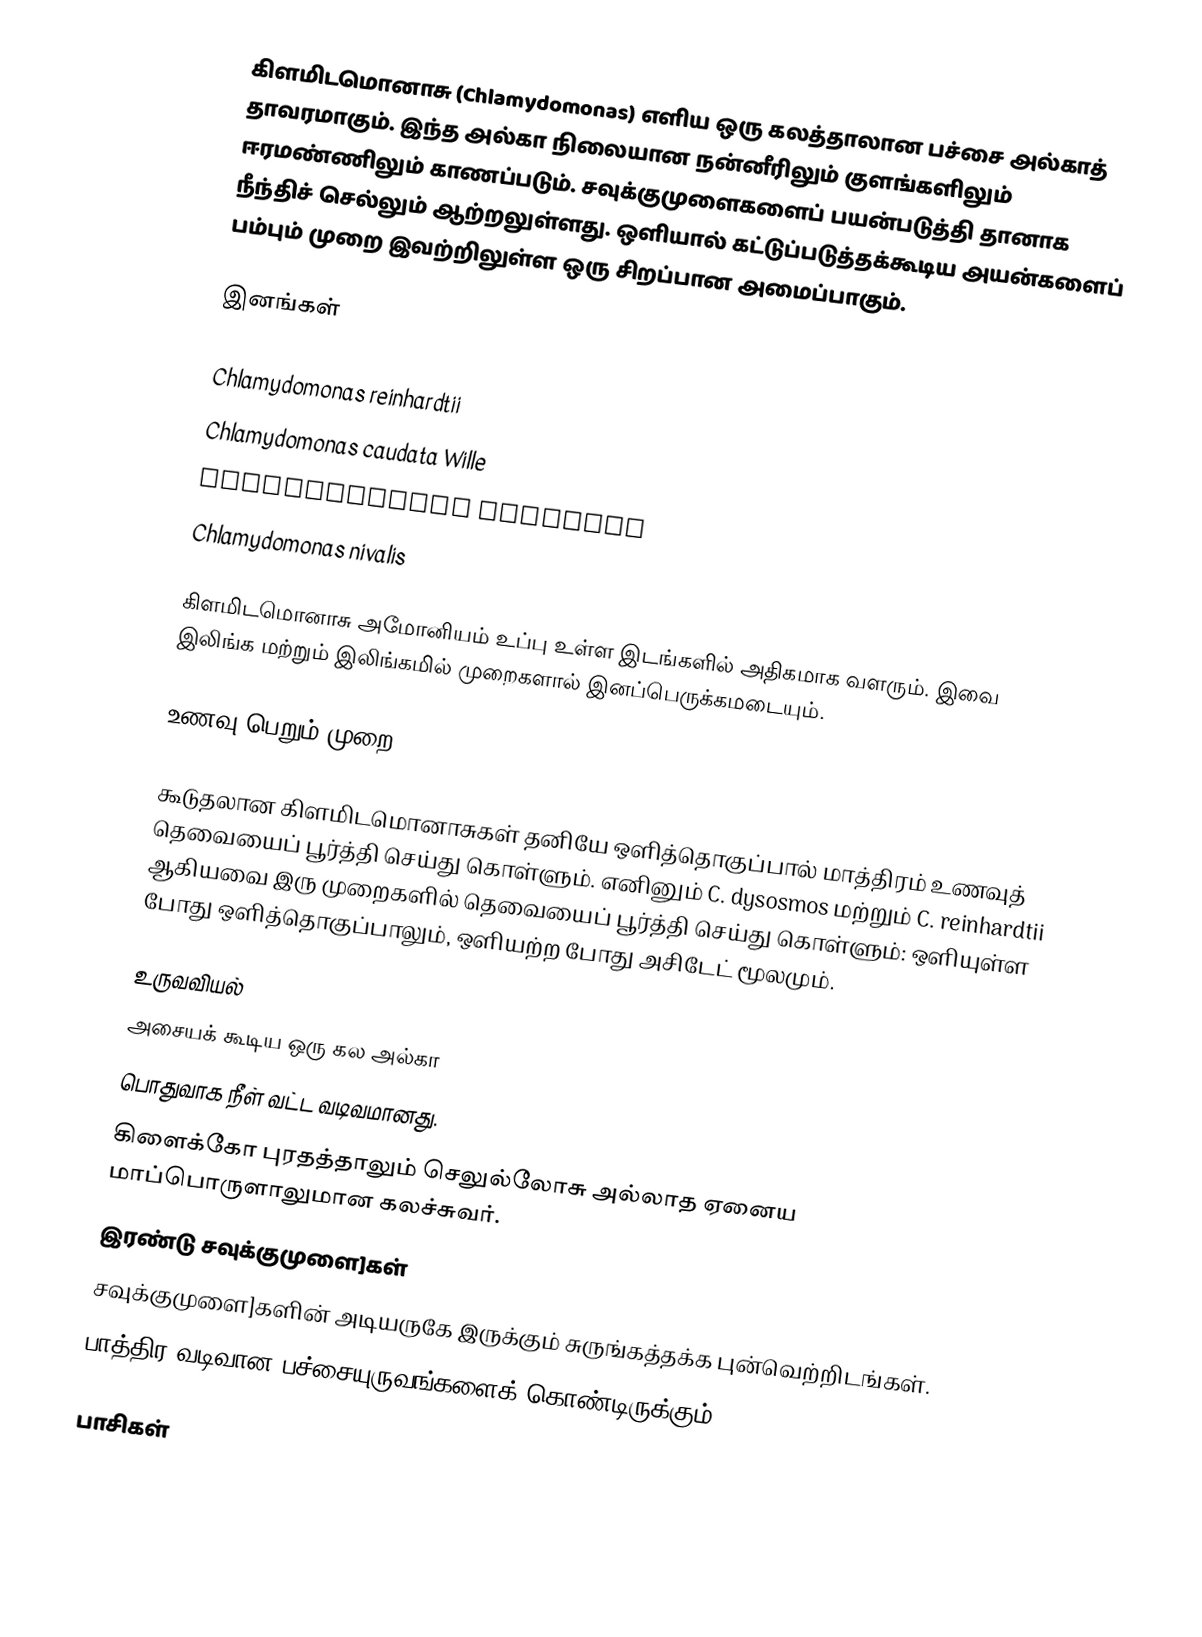
கிளமிடமொனாசு (Chlamydomonas) எளிய ஒரு கலத்தாலான பச்சை அல்காத் தாவரமாகும். இந்த அல்கா நிலையான நன்னீரிலும் குளங்களிலும் ஈரமண்ணிலும் காணப்படும். சவுக்குமுளைகளைப் பயன்படுத்தி தானாக நீந்திச் செல்லும் ஆற்றலுள்ளது. ஒளியால் கட்டுப்படுத்தக்கூடிய அயன்களைப் பம்பும் முறை இவற்றிலுள்ள ஒரு சிறப்பான அமைப்பாகும்.

இனங்கள்

Chlamydomonas reinhardtii
Chlamydomonas caudata Wille
Chlamydomonas moewusii
Chlamydomonas nivalis

கிளமிடமொனாசு அமோனியம் உப்பு உள்ள இடங்களில் அதிகமாக வளரும். இவை இலிங்க மற்றும் இலிங்கமில் முறைகளால் இனப்பெருக்கமடையும்.

உணவு பெறும் முறை

கூடுதலான கிளமிடமொனாசுகள் தனியே ஒளித்தொகுப்பால் மாத்திரம் உணவுத் தெவையைப் பூர்த்தி செய்து கொள்ளும். எனினும் C. dysosmos மற்றும் C. reinhardtii ஆகியவை இரு முறைகளில் தெவையைப் பூர்த்தி செய்து கொள்ளும்: ஒளியுள்ள போது ஒளித்தொகுப்பாலும், ஒளியற்ற போது அசிடேட் மூலமும்.

உருவவியல்
அசையக் கூடிய ஒரு கல அல்கா
பொதுவாக நீள் வட்ட வடிவமானது.
கிளைக்கோ புரதத்தாலும் செலுல்லோசு அல்லாத ஏனைய மாப்பொருளாலுமான கலச்சுவர்.
இரண்டு சவுக்குமுளை]கள்
சவுக்குமுளை]களின் அடியருகே இருக்கும் சுருங்கத்தக்க புன்வெற்றிடங்கள்.
பாத்திர வடிவான பச்சையுருவங்களைக் கொண்டிருக்கும்.

பாசிகள்